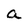
Character: a